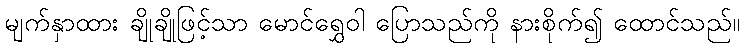
မျက်နှာထား ချိုချိုဖြင့်သာ မောင်ရွှေဝါ ပြောသည်ကို နားစိုက်၍ ထောင်သည်။